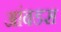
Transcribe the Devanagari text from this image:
आंबडस